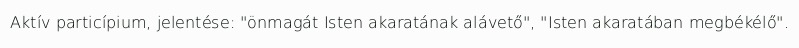
Aktív particípium, jelentése: "önmagát Isten akaratának alávető", "Isten akaratában megbékélő".